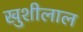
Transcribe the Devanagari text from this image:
खुशीलाल